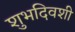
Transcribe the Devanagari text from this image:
शुभदिवशी